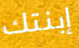
إبنتك